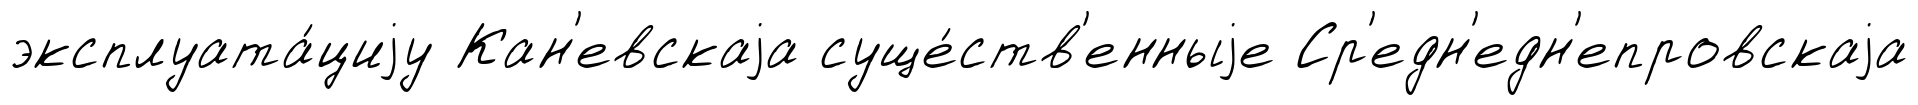
эксплуата́циjу Кан'евскаjа суще́ств'енныjе Ср'едн'едн'епровскаjа